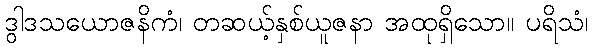
ဒွါဒသယောဇနိကံ၊ တဆယ့်နှစ်ယူဇနာ အထုရှိသော။ ပရိသံ၊